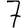
Digit: 7